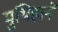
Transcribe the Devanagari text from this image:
मुथिहाने